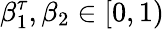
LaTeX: \beta_{1}^{\tau},\beta_{2}\in[0,1)